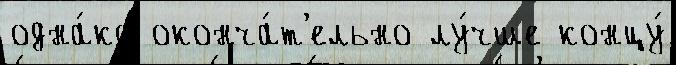
одна́ко оконча́т'ельно лу́чше концу́